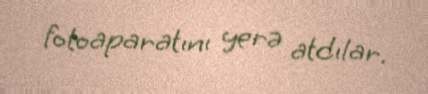
fotoaparatını yerə atdılar.